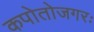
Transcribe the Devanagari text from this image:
कपोतोजगरः